Indian journal of veterinary science and animal husbandry - Volumes 24-25, 1954-1955
Year: 1954
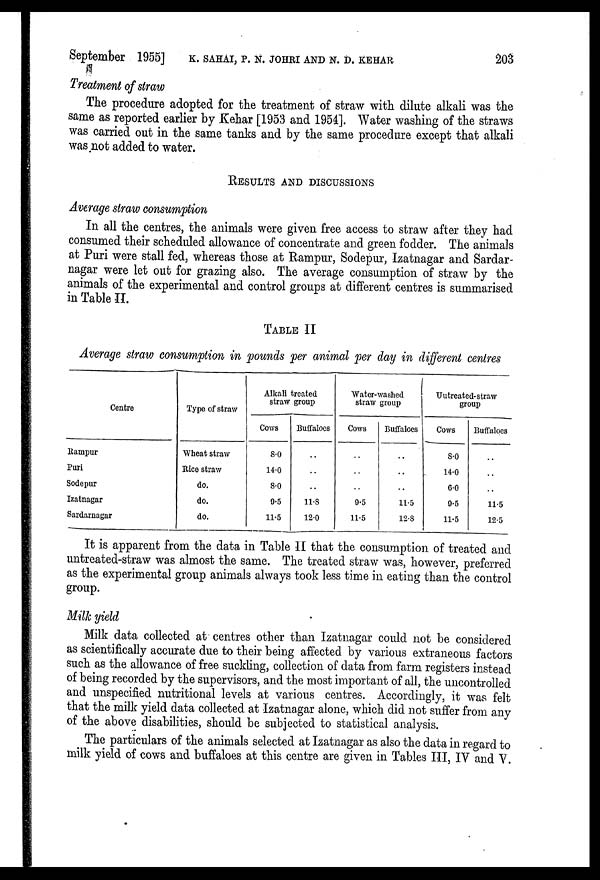
September 1955] K. SAHAI, P. N. JOHRI AND N. D. KEHAR 203
Treatment of straw
The procedure adopted for the treatment of straw with dilute alkali was the
same as reported earlier by Kehar [1953 and 1954]. Water washing of the straws
was carried out in the same tanks and by the same procedure except that alkali
was not added to water.
RESULTS AND DISCUSSIONS
Average straw consumption
In all the centres, the animals were given free access to straw after they had
consumed their scheduled allowance of concentrate and green fodder. The animals
at Puri were stall fed, whereas those at Rampur, Sodepur, Izatnagar and Sardar-
nagar were let out for grazing also. The average consumption of straw by the
animals of the experimental and control groups at different centres is summarised
in Table II.
TABLE II
Average straw consumption in pounds per animal per day in different centres
Centre
Rampur
Puri
Sodepur
Izatnagar
Sardarnagar
Type of straw
Wheat straw
Rice straw
do.
do.
do.
Alkali treated
straw group
Cows
8.0
14.0
8.0
9.5
11.5
Buffaloes
..
..
..
11.8
12.0
Water-washed
straw group
Cows
..
..
..
9.5
11.5
Buffaloes
..
..
..
11.5
12.8
Uutreated-straw
group
Cows
8.0
14.0
6.0
9.5
11.5
Buffaloes
..
..
..
11.5
12.5
It is apparent from the data in Table II that the consumption of treated and
untreated-straw was almost the same. The treated straw was, however, preferred
as the experimental group animals always took less time in eating than the control
group.
Milk yield
Milk data collected at centres other than Izatnagar could not be considered
as scientifically accurate due to their being affected by various extraneous factors
such as the allowance of free suckling, collection of data from farm registers instead
of being recorded by the supervisors, and the most important of all, the uncontrolled
and unspecified nutritional levels at various centres. Accordingly, it was felt
that the milk yield data collected at Izatnagar alone, which did not suffer from any
of the above disabilities, should be subjected to statistical analysis.
The particulars of the animals selected at Izatnagar as also the data in regard to
milk yield of cows and buffaloes at this centre are given in Tables III, IV and V.